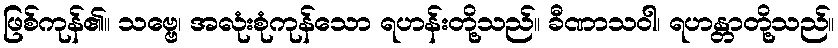
ဖြစ်ကုန်၏။ သဗ္ဗေ၊ အလုံးစုံကုန်သော ရဟန်းတို့သည်။ ခီဏာသဝါ၊ ရဟန္တာတို့သည်။